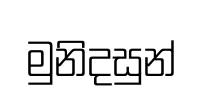
මුනිදසුන්